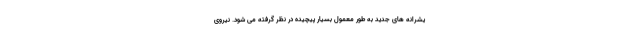
یشرانه های جدید به طور معمول بسیار پیچیده در نظر گرفته می شود. نیروی